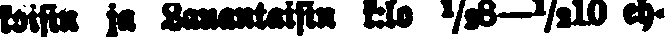
koisin ja lauantaisin k:lo ½8—½10 eh-